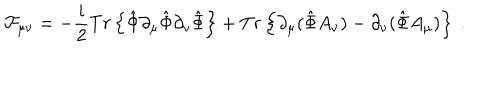
LaTeX: { \cal F } _ { \mu \nu } = - \frac { i } { 2 } T r \left\{ \hat { \Phi } \partial _ { \mu } \hat { \Phi } \partial _ { \nu } \hat { \Phi } \right\} + T r \left\{ \partial _ { \mu } ( \hat { \Phi } A _ { \nu } ) - \partial _ { \nu } ( \hat { \Phi } A _ { \mu } ) \right\} \ .